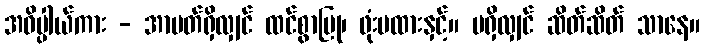
အဓိပ္ပါယ်ကား - အာပတ်ရှိလျှင် ထင်စွာပြု၊ ဖုံးမထားနှင့်။ မရှိလျှင် ဆိတ်ဆိတ် သာနေ။